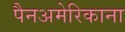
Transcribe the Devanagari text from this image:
पैनअमेरिकाना